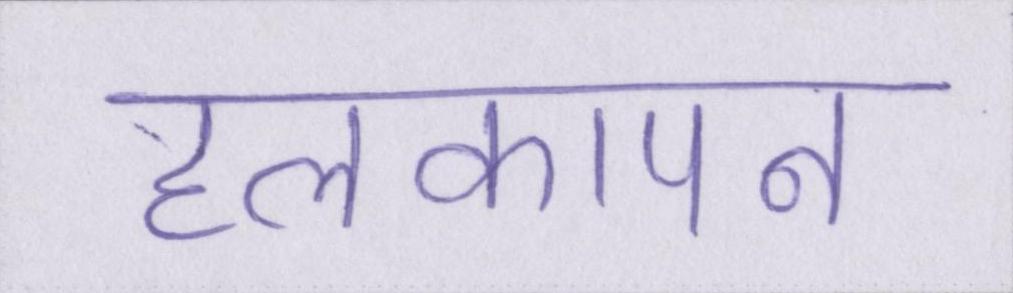
हलकापन